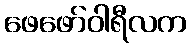
ဖေဖော်ဝါရီလက